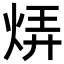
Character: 𬊊